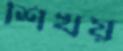
শিখয়